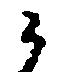
候